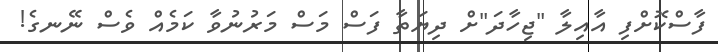
ފާސްކޮށްފި އާއިލާ "ޖިހާދަ"ށް ދިޔަތާ ފަސް މަސް މަރުނުވާ ކަމެއް ވެސް ނޭނގެ!